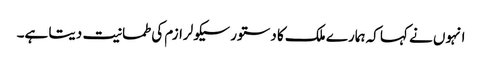
انہوں نے کہا کہ ہمارے ملک کا دستور سیکولرازم کی طمانیت دیتا ہے۔